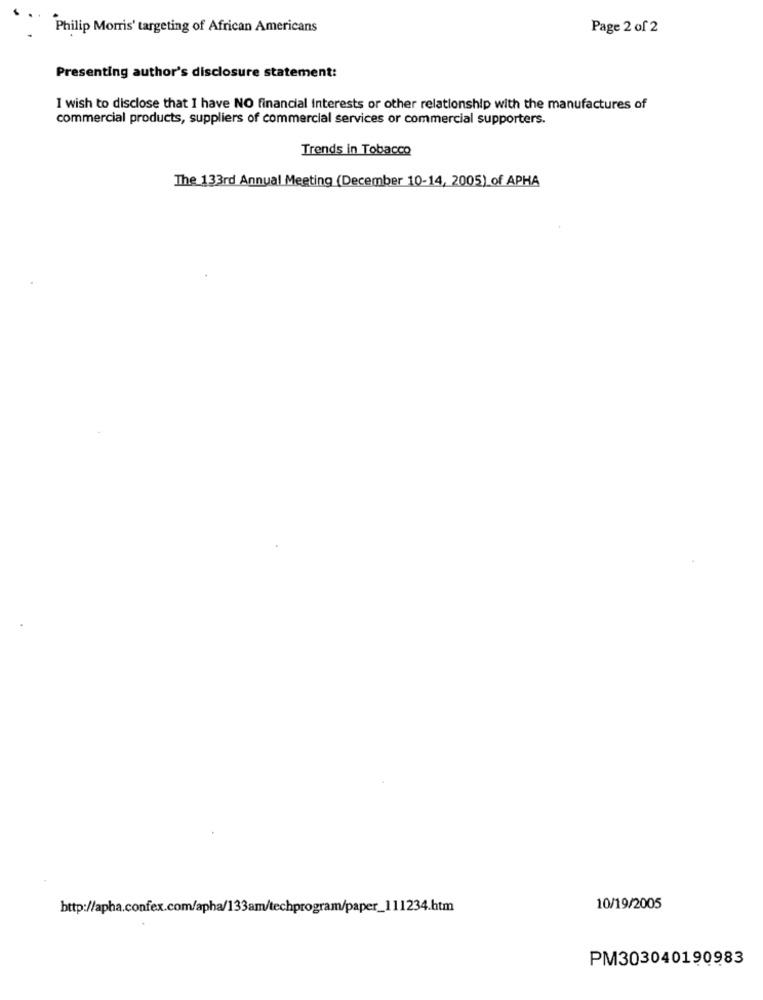
Philip Morris' targeting of African Americans
Page 2 of 2
Presenting author's disclosure statement:
I wish to disclose that I have NO financial Interests or other relationship with the manufactures of
commercial products, suppliers of commercial services or commercial supporters.
Trends in Tobacco
The 133rd Annual Meeting (December 10-14, 2005) of APHA
http://apha.confex.com/apha/133am/techprogram/paper_111234.htm
10/19/2005
PM303040190983